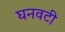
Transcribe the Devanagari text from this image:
घनवटी